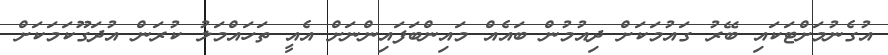
އުގެނުމަށްޓަކައި ބޭރު ގައުމަކަށް ދިއުމުން ބައެއް މައިންބަފައިންނަށް އެއީ ތަހައްމަލު ކުރަން އުދަގޫކަމަކަށް